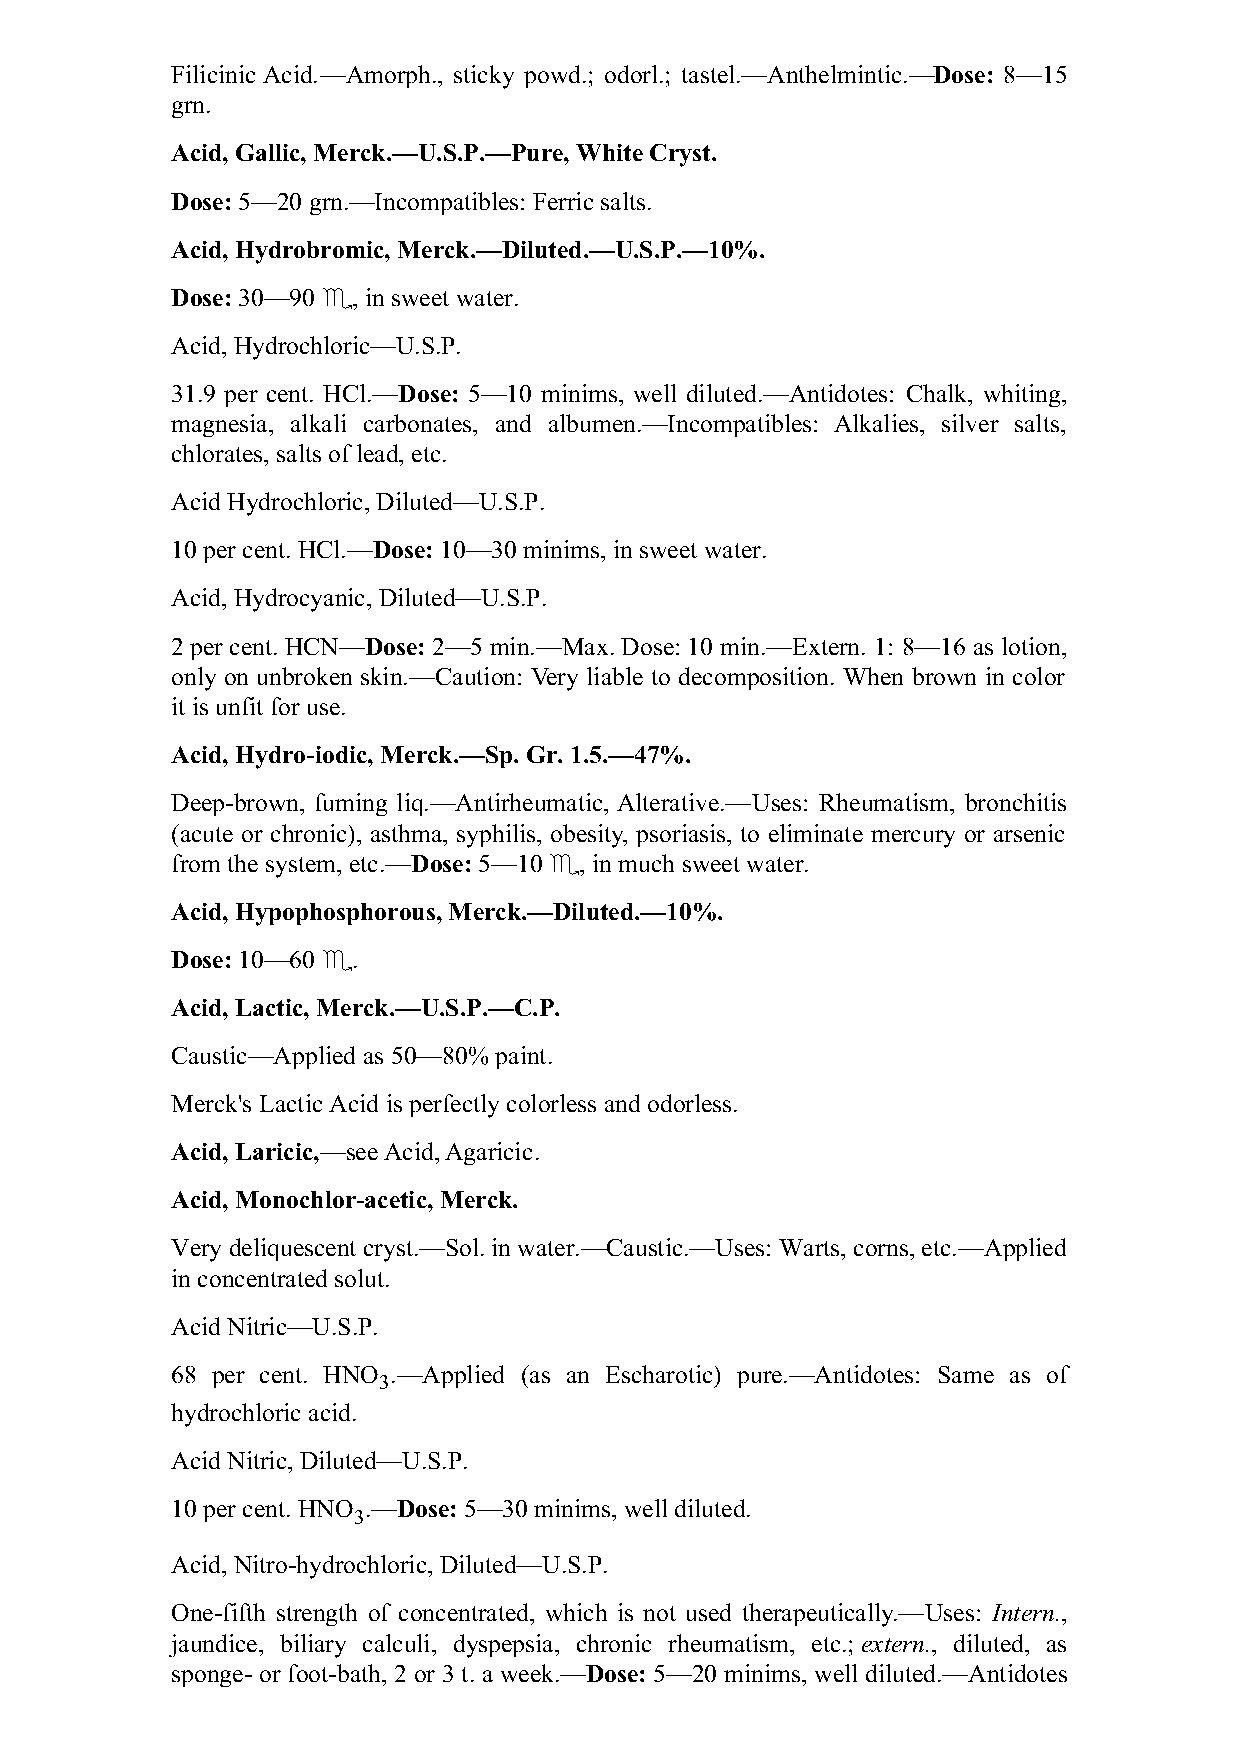
Filicinic Acid.—Amorph., sticky powd.; odorl.; tastel.—Anthelmintic.—Dose: 8—15
 grn.
 Acid, Gallic, Merck.—U.S.P.—Pure, White Cryst.
 Dose: 5—20 grn.—Incompatibles: Ferric salts.
 Acid, Hydrobromic, Merck.—Diluted.—U.S.P.—10%.
 Dose: 30—90 ♏, in sweet water.
 Acid, Hydrochloric—U.S.P.
 31.9 per cent. HCl.—Dose: 5—10 minims, well diluted.—Antidotes: Chalk, whiting,
 magnesia, alkali carbonates, and albumen.—Incompatibles: Alkalies, silver salts,
 chlorates, salts of lead, etc.
 Acid Hydrochloric, Diluted—U.S.P.
 10 per cent. HCl.—Dose: 10—30 minims, in sweet water.
 Acid, Hydrocyanic, Diluted—U.S.P.
 2 per cent. HCN—Dose: 2—5 min.—Max. Dose: 10 min.—Extern. 1: 8—16 as lotion,
 only on unbroken skin.—Caution: Very liable to decomposition. When brown in color
 it is unfit for use.
 Acid, Hydro-iodic, Merck.—Sp. Gr. 1.5.—47%.
 Deep-brown, fuming liq.—Antirheumatic, Alterative.—Uses: Rheumatism, bronchitis
 (acute or chronic), asthma, syphilis, obesity, psoriasis, to eliminate mercury or arsenic
 from the system, etc.—Dose: 5—10 ♏, in much sweet water.
 Acid, Hypophosphorous, Merck.—Diluted.—10%.
 Dose: 10—60 ♏.
 Acid, Lactic, Merck.—U.S.P.—C.P.
 Caustic—Applied as 50—80% paint.
 Merck's Lactic Acid is perfectly colorless and odorless.
 Acid, Laricic,—see Acid, Agaricic.
 Acid, Monochlor-acetic, Merck.
 Very deliquescent cryst.—Sol. in water.—Caustic.—Uses: Warts, corns, etc.—Applied
 in concentrated solut.
 Acid Nitric—U.S.P.
 68 per cent. HNO .—Applied (as an Escharotic) pure.—Antidotes: Same as of
 3
 hydrochloric acid.
 Acid Nitric, Diluted—U.S.P.
 10 per cent. HNO .—Dose: 5—30 minims, well diluted.
 3
 Acid, Nitro-hydrochloric, Diluted—U.S.P.
 One-fifth strength of concentrated, which is not used therapeutically.—Uses: Intern.,
 jaundice, biliary calculi, dyspepsia, chronic rheumatism, etc.; extern., diluted, as
 sponge- or foot-bath, 2 or 3 t. a week.—Dose: 5—20 minims, well diluted.—Antidotes